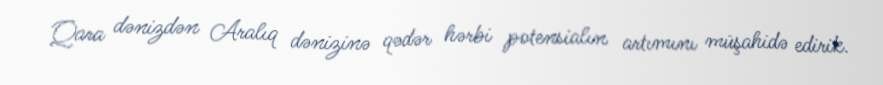
Qara dənizdən Aralıq dənizinə qədər hərbi potensialın artımını müşahidə edirik.